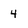
Character: 4